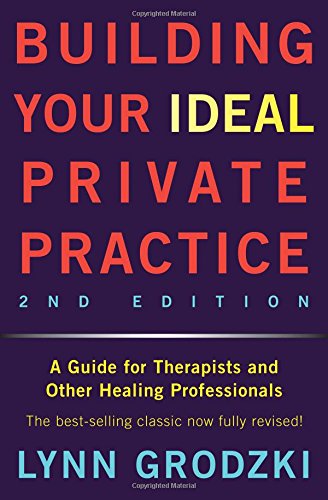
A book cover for Building Your Ideal Private Practice: A Guide for Therapists and Other Healing Professionals; Lynn Grodzki; Medical Books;